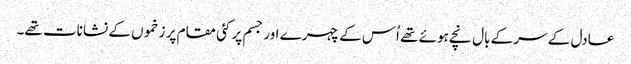
عادل کے سر کے بال نچے ہوئے تھے اُس کے چہرے اور جسم پر کئی مقام پر زخموں کے نشانات تھے۔